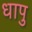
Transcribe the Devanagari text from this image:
धापु